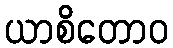
ယာစိတောဝ